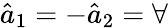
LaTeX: \hat{a}_{1}=-\hat{a}_{2}=\forall